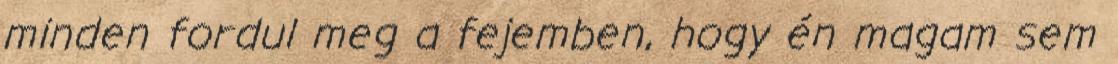
minden fordul meg a fejemben, hogy én magam sem